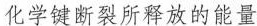
化学键断裂所释放的能量